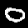
Label: 0